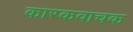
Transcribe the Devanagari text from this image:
कारकवाचक